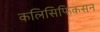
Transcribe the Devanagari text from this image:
कलिसिफिकसन